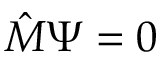
{ \hat { M } } \Psi = 0